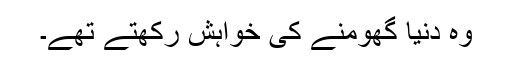
وہ دنیا گھومنے کی خواہش رکھتے تھے۔